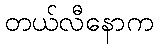
တယ်လီနောက